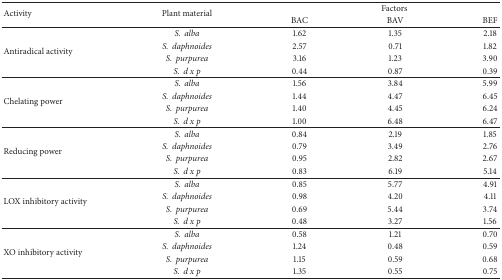
<table><thead><tr><td rowspan="2"><b>Activity</b></td><td rowspan="2"><b>Plant material</b></td><td colspan="3"><b>Factors</b></td></tr><tr><td><b>BAC</b></td><td><b>BAV</b></td><td><b>BEF</b></td></tr></thead><tbody><tr><td rowspan="4">Antiradical activity</td><td><i>S.alba </i></td><td>1.62</td><td>1.35</td><td>2.18</td></tr><tr><td><i>S.daphnoides </i></td><td>2.57</td><td>0.71</td><td>1.82</td></tr><tr><td><i>S.purpurea </i></td><td>3.16</td><td>1.23</td><td>3.90</td></tr><tr><td><i>S.d x p </i></td><td>0.44</td><td>0.87</td><td>0.39</td></tr><tr><td rowspan="4">Chelating power</td><td><i>S.alba </i></td><td>1.56</td><td>3.84</td><td>5.99</td></tr><tr><td><i>S.daphnoides </i></td><td>1.44</td><td>4.47</td><td>6.45</td></tr><tr><td><i>S.purpurea </i></td><td>1.40</td><td>4.45</td><td>6.24</td></tr><tr><td><i>S.d x p </i></td><td>1.00</td><td>6.48</td><td>6.47</td></tr><tr><td rowspan="4">Reducing power</td><td><i>S.alba </i></td><td>0.84</td><td>2.19</td><td>1.85</td></tr><tr><td><i>S.daphnoides </i></td><td>0.79</td><td>3.49</td><td>2.76</td></tr><tr><td><i>S.purpurea </i></td><td>0.95</td><td>2.82</td><td>2.67</td></tr><tr><td><i>S.d x p </i></td><td>0.83</td><td>6.19</td><td>5.14</td></tr><tr><td rowspan="4">LOX inhibitory activity</td><td><i>S.alba </i></td><td>0.85</td><td>5.77</td><td>4.91</td></tr><tr><td><i>S.daphnoides </i></td><td>0.98</td><td>4.20</td><td>4.11</td></tr><tr><td><i>S.purpurea </i></td><td>0.69</td><td>5.44</td><td>3.74</td></tr><tr><td><i>S.d x p </i></td><td>0.48</td><td>3.27</td><td>1.56</td></tr><tr><td rowspan="4">XO inhibitory activity</td><td><i>S.alba </i></td><td>0.58</td><td>1.21</td><td>0.70</td></tr><tr><td><i>S.daphnoides </i></td><td>1.24</td><td>0.48</td><td>0.59</td></tr><tr><td><i>S.purpurea </i></td><td>1.15</td><td>0.59</td><td>0.68</td></tr><tr><td><i>S.d x p </i></td><td>1.35</td><td>0.55</td><td>0.75</td></tr></tbody></table>